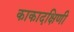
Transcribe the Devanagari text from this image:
काकादक्षिणी